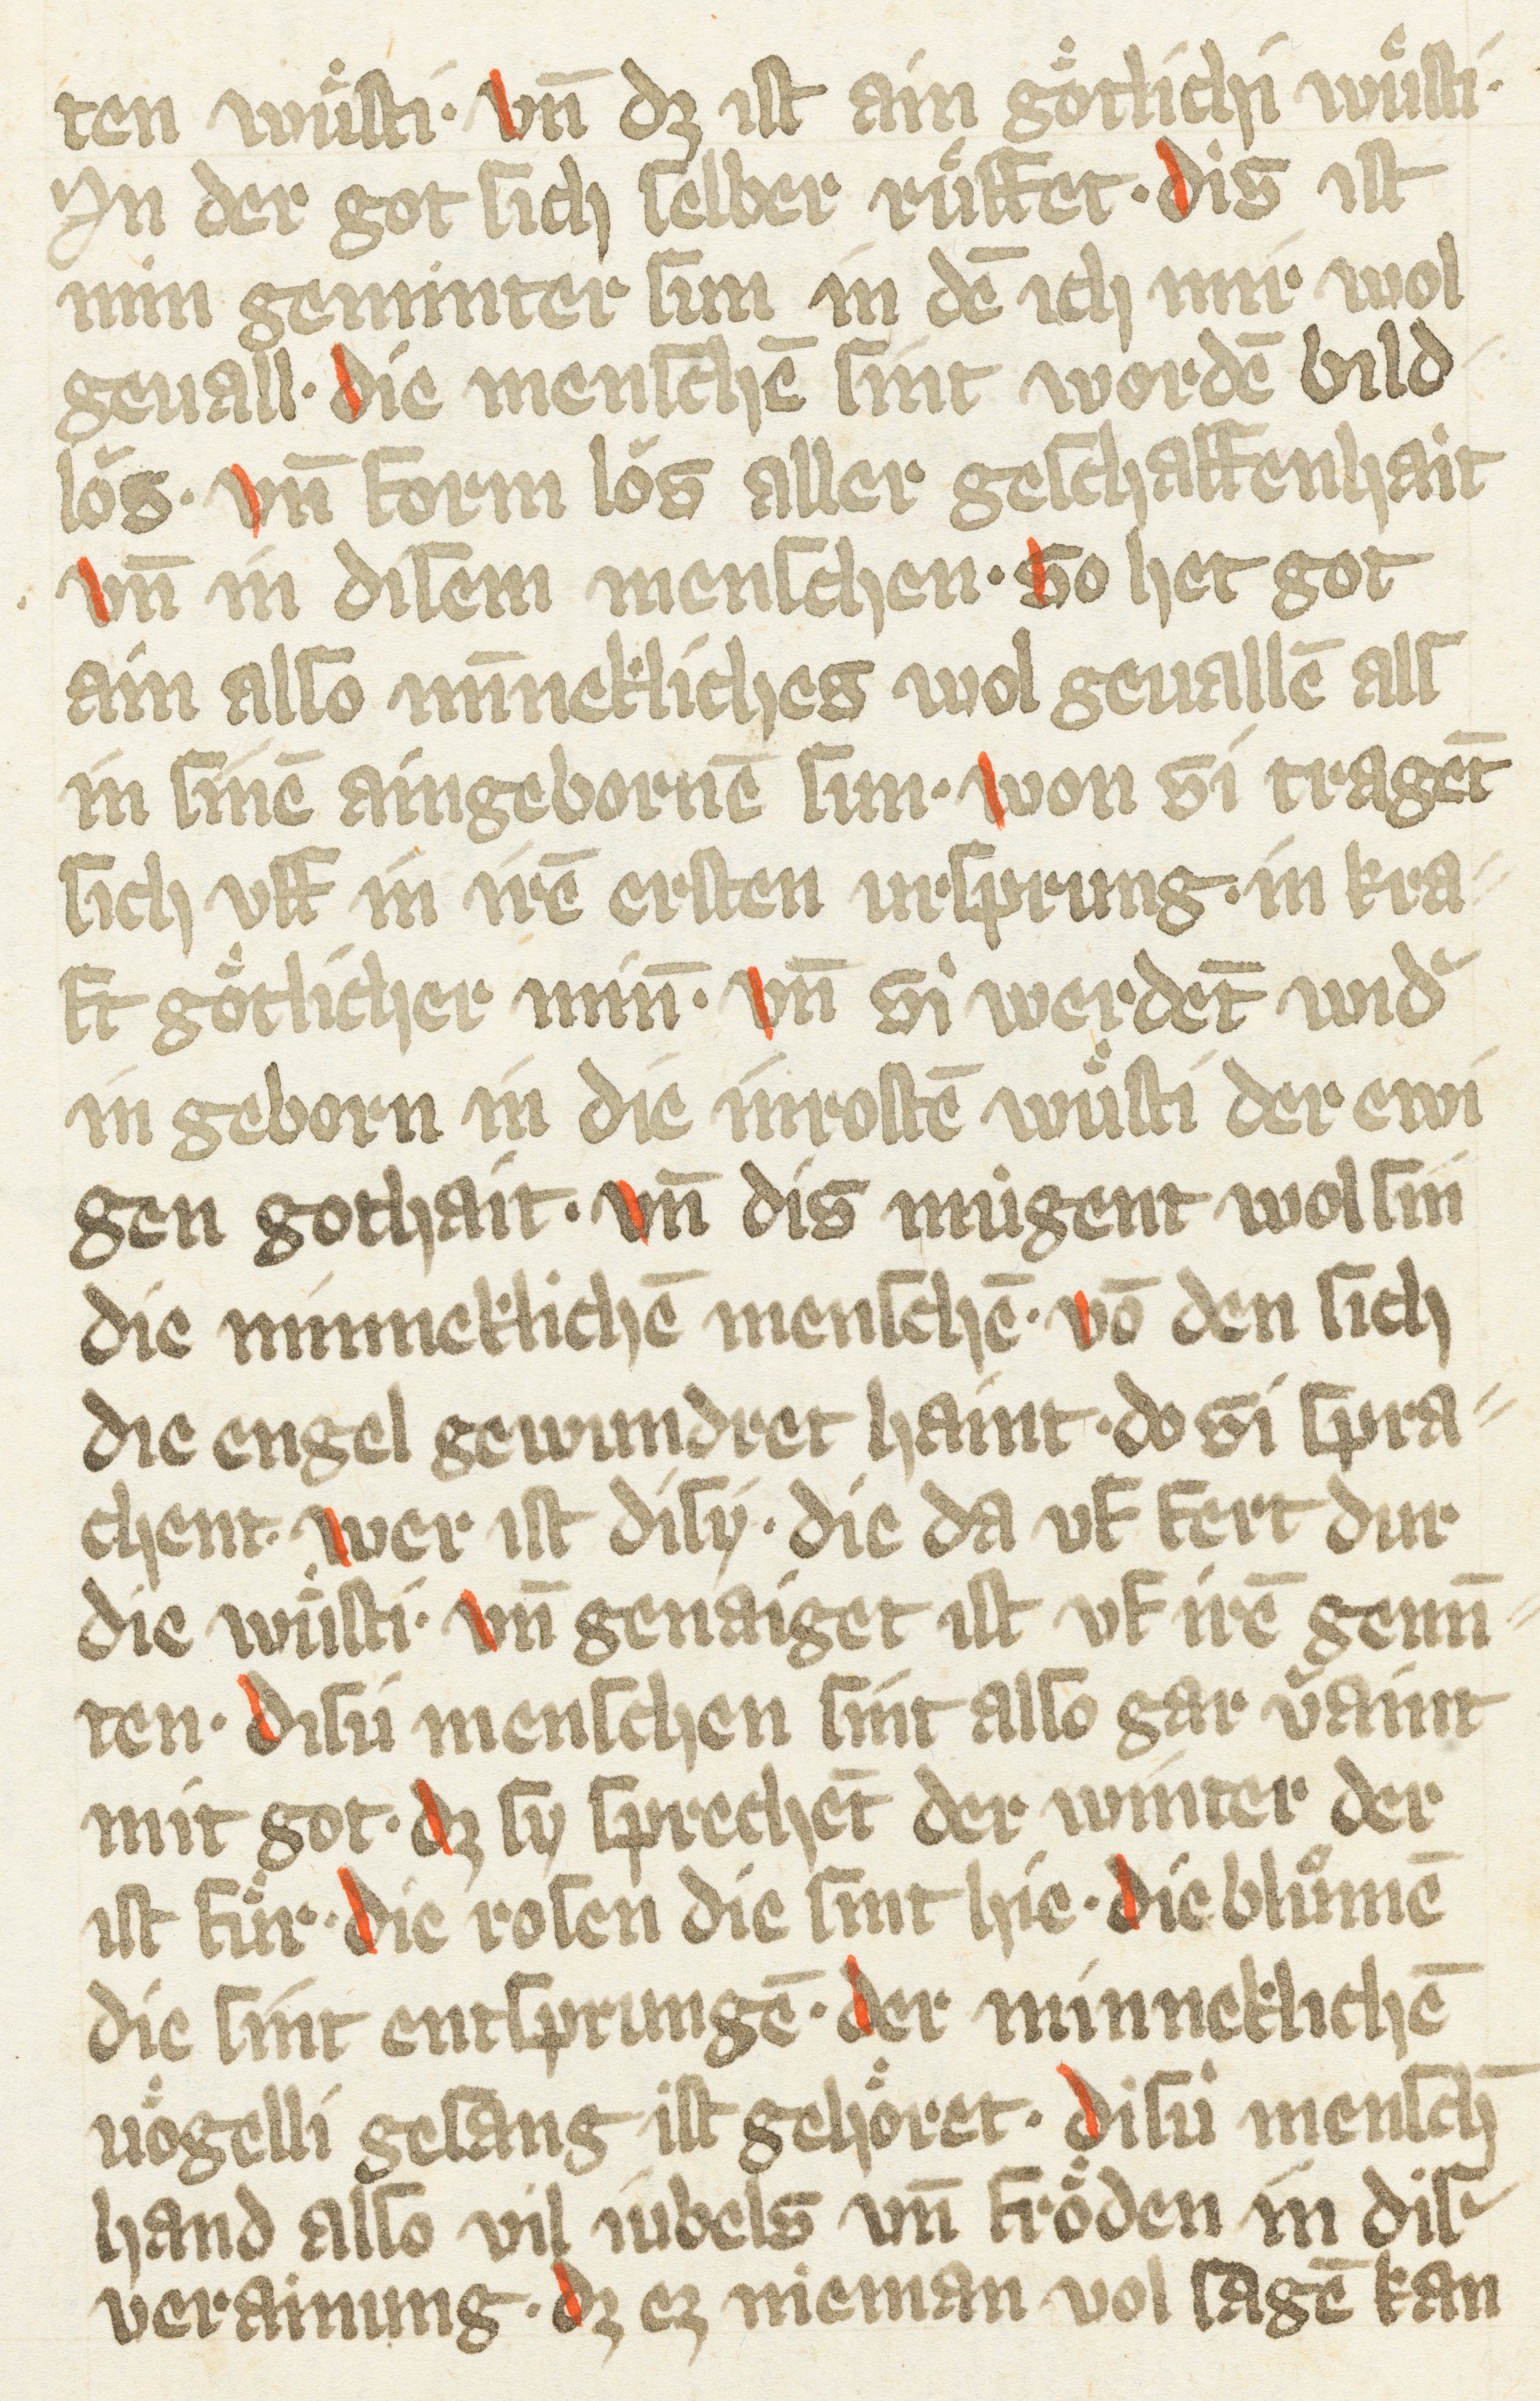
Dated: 1385–1415